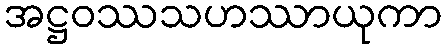
အဋ္ဌဝဿသဟဿာယုကာ